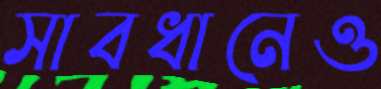
সাবধানেও